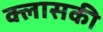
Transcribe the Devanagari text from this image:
क्लासकी